Vaccination in Bombay 1856-1862 - 1856-1862
Year: 1856
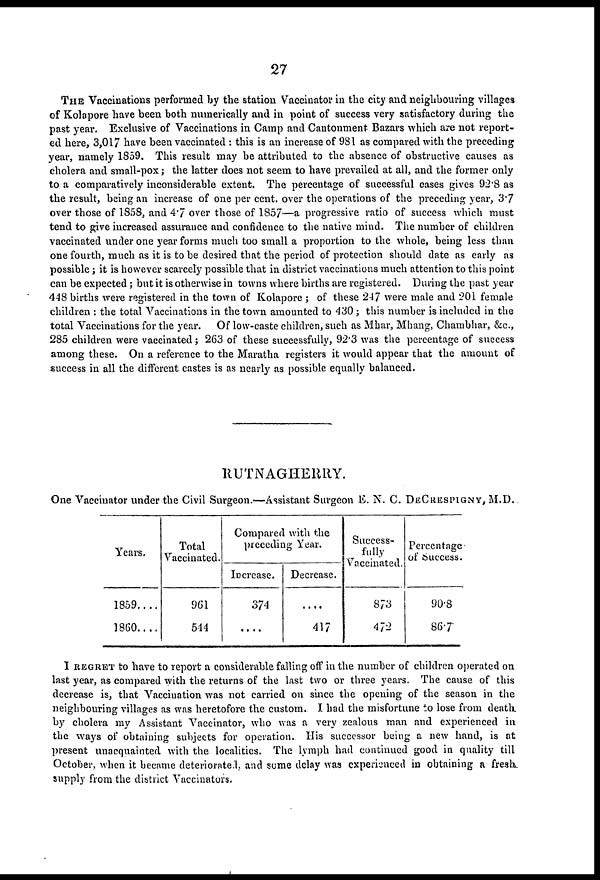
27
THE Vaccinations performed by the station Vaccinator in the city and neighbouring villages
of Kolapore have been both numerically and in point of success very satisfactory during the
past year. Exclusive of Vaccinations in Camp and Cantonment Bazars which are not report-
ed here, 3,017 have been vaccinated : this is an increase of 981 as compared with the preceding
year, namely 1859. This result may be attributed to the absence of obstructive causes as
cholera and small-pox ; the latter does not seem to have prevailed at all, and the former only
to a comparatively inconsiderable extent. The percentage of successful cases gives 92.8 as
the result, being an increase of one per cent. over the operations of the preceding year, 3.7
over those of 1858, and 4.7 over those of 1857—a progressive ratio of success which must
tend to give increased assurance and confidence to the native mind. The number of children
vaccinated under one year forms much too small a proportion to the whole, being less than
one fourth, much as it is to be desired that the period of protection should date as early as
possible; it is however scarcely possible that in district vaccinations much attention to this point
can be expected; but it is otherwise in towns where births are registered. During the past year
448 births were registered in the town of Kolapore ; of these 247 were male and 201 female
children : the total Vaccinations in the town amounted to 430 ; this number is included in the
total Vaccinations for the year. Of low-caste children, such as Mhar, Mhang, Chambhar, &c.,
285 children were vaccinated; 263 of these successfully, 92.3 was the percentage of success
among these. On a reference to the Maratha registers it would appear that the amount of
success in all the different castes is as nearly as possible equally balanced.
RUTNAGHERRY.
One Vaccinator under the Civil Surgeon.—Assistant Surgeon E. N. C. DECRESPIGNY, M.D.
Years.
1859....
1860....
Total
Vaccinated.
961
544
Compared with the
preceding Year.
Increase.
374
....
Decrease.
....
417
Success¬
fully
Vaccinated.
873
472
Percentage
of Success.
90.8
86.7
I REGRET to have to report a considerable falling off in the number of children operated on
last year, as compared with the returns of the last two or three years. The cause of this
decrease is, that Vaccination was not carried on since the opening of the season in the
neighbouring villages as was heretofore the custom. I had the misfortune to lose from death
by cholera my Assistant Vaccinator, who was a very zealous man and experienced in
the ways of obtaining subjects for operation. His successor being a new hand, is at
present unacquainted with the localities. The lymph had continued good in quality till
October, when it became deteriorated, and some delay was experienced in obtaining a fresh
supply from the district Vaccinators.